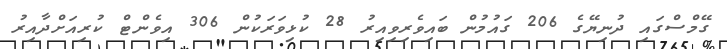
ގޭމްސްގައި ދުނިޔޭގެ 206 ގައުމުން ބައިވެރިވިއިރު 28 ކުޅިވަރަކުން 306 އިވެންޓް ކުރިއަށްދާއިރު